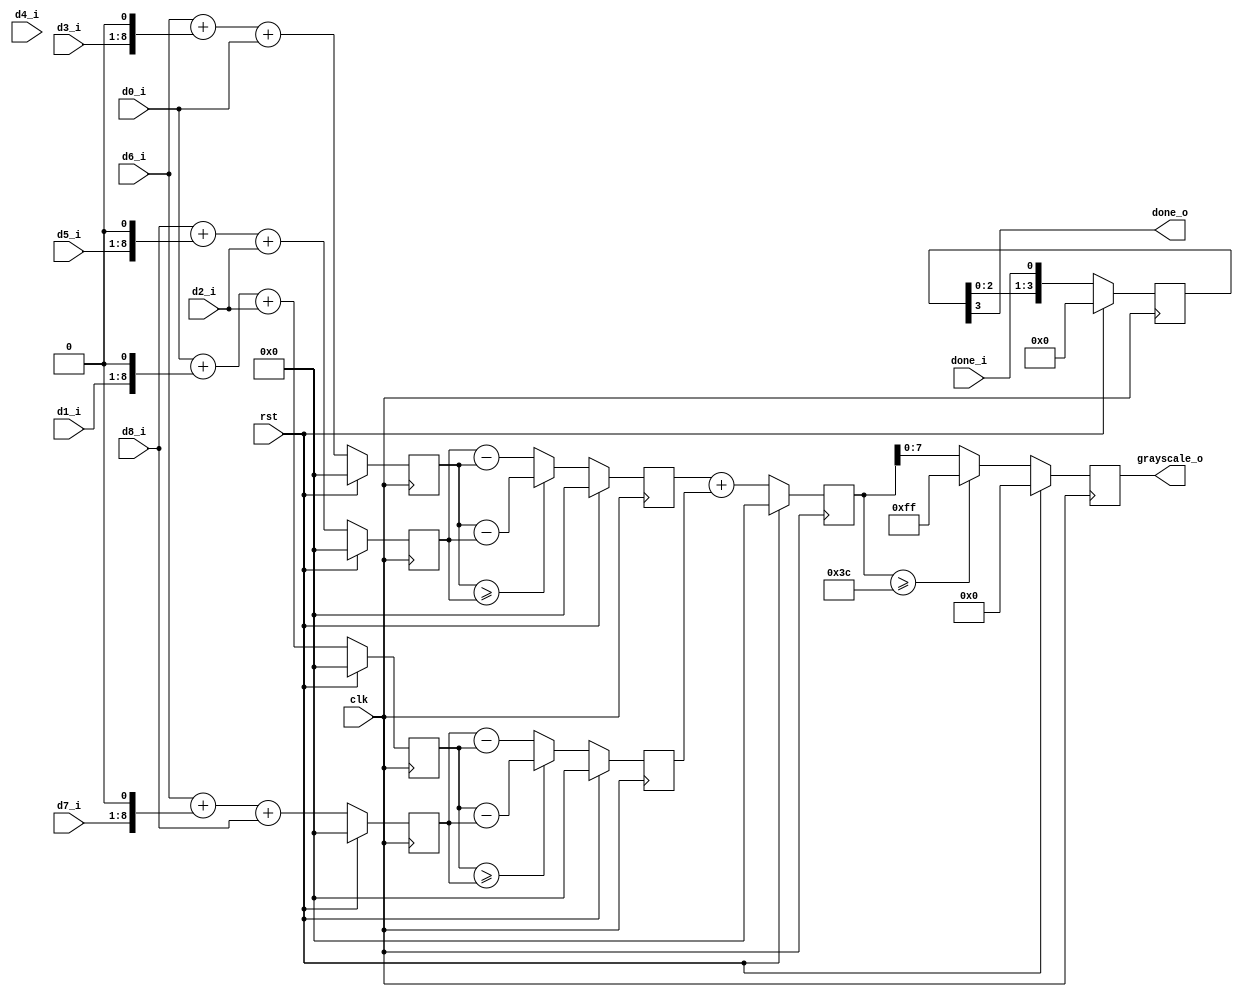
`timescale 1ns / 1ps
//////////////////////////////////////////////////////////////////////////////////
// Company: 
// Engineer: 
// 
// Design Name: 
// Module Name: sobel_calc_mod
// Project Name: 
// Target Devices: 
// Tool Versions: 
// Description: 
// 
// Dependencies: 
// 
// Revision:
// Revision 0.01 - File Created
// Additional Comments:
// 
//////////////////////////////////////////////////////////////////////////////////


module sobel_calc_mod(
    input clk,
    input rst,
    
    input [7:0] d0_i, d1_i, d2_i, d3_i, d4_i, d5_i, d6_i, d7_i, d8_i,
    input done_i,

    output reg [7:0] grayscale_o,
    output done_o
    );

    reg [9:0] gx_p, gx_n, gx_d;
    reg [9:0] gy_p, gy_n, gy_d;

    reg [9:0] g_sum;
    reg [3:0] done_shift;

    always @(posedge clk ) begin
        if(rst) begin
            gx_p <= 0;
            gx_n <= 0;
        end else begin
            gx_p <= d6_i + (d3_i << 1) + d0_i;
            gx_n <= d8_i + (d5_i << 1) + d2_i;
        end
    end

    always @(posedge clk ) begin
        if(rst) begin
            gy_p <= 0;
            gy_n <= 0;
        end else begin
            gy_p <= d0_i + (d1_i << 1) + d2_i;
            gy_n <= d6_i + (d7_i << 1) + d8_i;
        end
    end     

    always @(posedge clk ) begin
        if(rst) begin
            gx_d <= 0;
        end else begin
            gx_d <= (gx_p >= gx_n) ? (gx_p - gx_n) : (gx_n - gx_p);
        end
    end

    always @(posedge clk ) begin
        if(rst) begin
            gy_d <= 0;
        end else begin
            gy_d <= (gy_p >= gy_n) ? (gy_p - gy_n) : (gy_n - gy_p);
        end
    end

    always @(posedge clk ) begin
        if(rst) begin
            g_sum <= 0;
        end else begin
            g_sum <= gx_d + gy_d;
        end
    end

    always @(posedge clk) begin
        if(rst) begin
            grayscale_o <= 0;
        end else begin
            grayscale_o <= (g_sum >= 8'd60) ? 8'd255 : g_sum[7:0];
        end
    end

    always @(posedge clk) begin
        if(rst) begin
            done_shift <= 0;
        end else begin
            done_shift <= {done_shift[2:0], done_i};
        end
    end

    assign done_o = done_shift[3];
endmodule